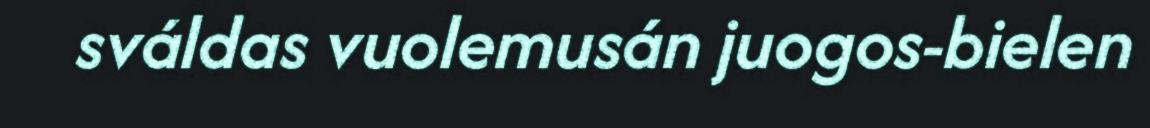
sváldas vuolemusán juogos-bielen